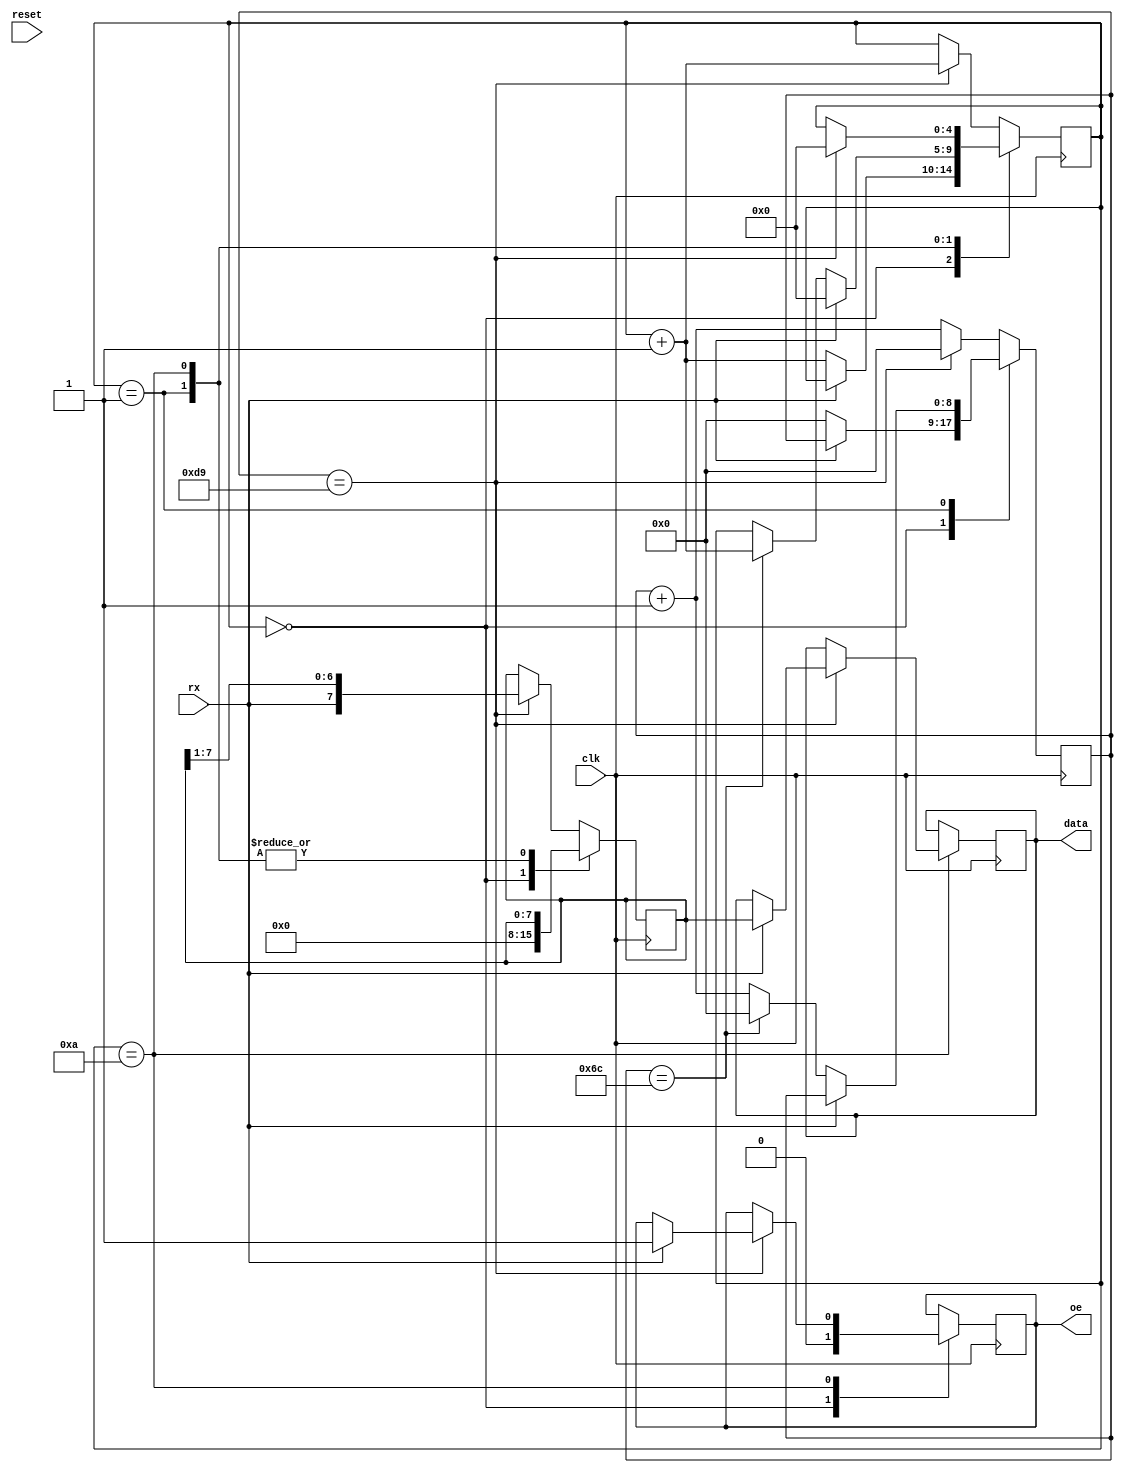
module serial_in #(
	parameter CLK_FREQUENCY_HZ = 50_000_000,
	parameter SERIAL_BPS = 230_400,
	parameter DATA_WIDTH = 8
) (
	input wire clk,
	input wire reset,
	
	input wire rx,

	output reg [DATA_WIDTH - 1:0] data,
	output reg oe
);

// Definitions to make code easier to read and understand.
localparam
	HIGH  = 1'b1,
	LOW   = 1'b0,

	TRUE  = HIGH,
	FALSE = LOW;

// The serial automaton converts a packet to a byte.
localparam
	BIT_DURATION      = CLK_FREQUENCY_HZ / SERIAL_BPS,
	HALF_BIT_DURATION = BIT_DURATION / 2,

	WAIT_FALLING_EDGE = 'd0,
	WAIT_START_BIT    = 'd1,
	WAIT_STOP_BIT     = WAIT_START_BIT + DATA_WIDTH + 1,
	MAX_STATE         = WAIT_STOP_BIT + 1,

	START_BIT         = LOW,
	STOP_BIT          = HIGH;

reg [$clog2(BIT_DURATION):0] counter = 'd0;
reg [$clog2(MAX_STATE):0] state = 'd0;
reg [DATA_WIDTH - 1:0] _data = 'd0;

always @(posedge clk)
	case (state)
		WAIT_FALLING_EDGE: begin
			oe <= FALSE;
			_data <= 'd0;
			if (rx == LOW) begin
				state <= state + 'd1;
				counter <= 'd0;
			end
		end
			
		WAIT_START_BIT:
			if (rx == HIGH)
				state <= WAIT_FALLING_EDGE;
			else if (counter == HALF_BIT_DURATION) begin
				state <= state + 'd1;
				counter <= 'd0;
			end else
				counter <= counter + 'd1;

		WAIT_STOP_BIT:
			if (counter == BIT_DURATION) begin
				state <= WAIT_FALLING_EDGE;
				counter <= 'd0;
				if (rx == STOP_BIT) begin
					data <= _data;
					oe <= TRUE;
				end
			end else
				counter <= counter + 'd1;

		default:
			if (counter == BIT_DURATION) begin
				state <= state + 'd1;
				counter <= 'd0;
				_data <= { rx, _data[DATA_WIDTH - 1:1] };
			end else
				counter <= counter + 'd1;
	endcase
endmodule